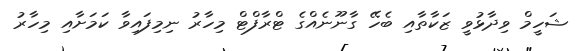
ޝަހީމް ވިދާޅުވީ ޒަކާތާއި ބެހޭ ގާނޫނެއްގެ ޓްރާފްޓް މިހާރު ނިމިފައިވާ ކަމަށާއި މިހާރު